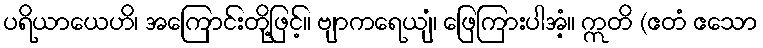
ပရိယာယေဟိ၊ အကြောင်းတို့ဖြင့်။ ဗျာကရေယျံ၊ ဖြေကြားပါအံ့။ ဣတိ (ဧတံ ဧသော